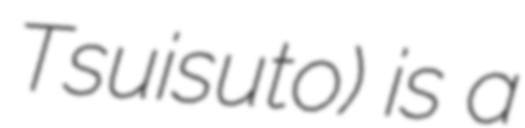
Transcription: Tsuisuto) is a